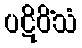
ပဋိဝိံသံ